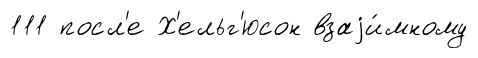
111 посл'е Х'ельг'юсон взаjи́мному